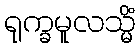
ရုက္ခမူလသ္မိံ